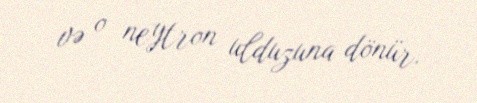
və o neytron ulduzuna dönür.